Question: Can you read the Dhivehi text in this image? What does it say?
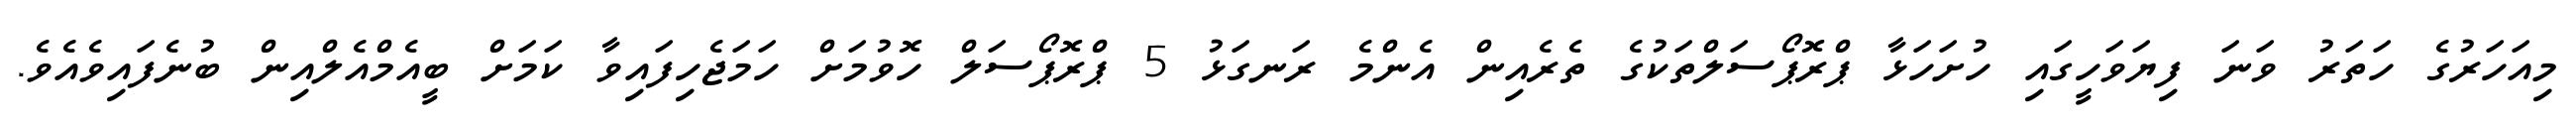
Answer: މިއަހަރުގެ ހަތަރު ވަނަ ފިޔަވަހީގައި ހުށަހަޅާ ޕްރޮޕޯސަލްތަކުގެ ތެރެއިން އެންމެ ރަނގަޅު 5 ޕްރޮޕޯސަލް ހޮވުމަށް ހަމަޖެހިފައިވާ ކަމަށް ބީއެމްއެލްއިން ބުނެފައިވެއެވެ.